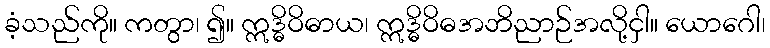
ခံ့သည်ကို။ ကတွာ၊ ၍။ ဣဒ္ဓိဝိဓာယ၊ ဣဒ္ဓိဝိဓအဘိညာဉ်အလို့ငှါ။ ယောဂေါ၊